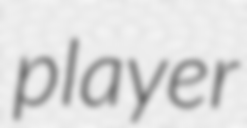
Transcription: player